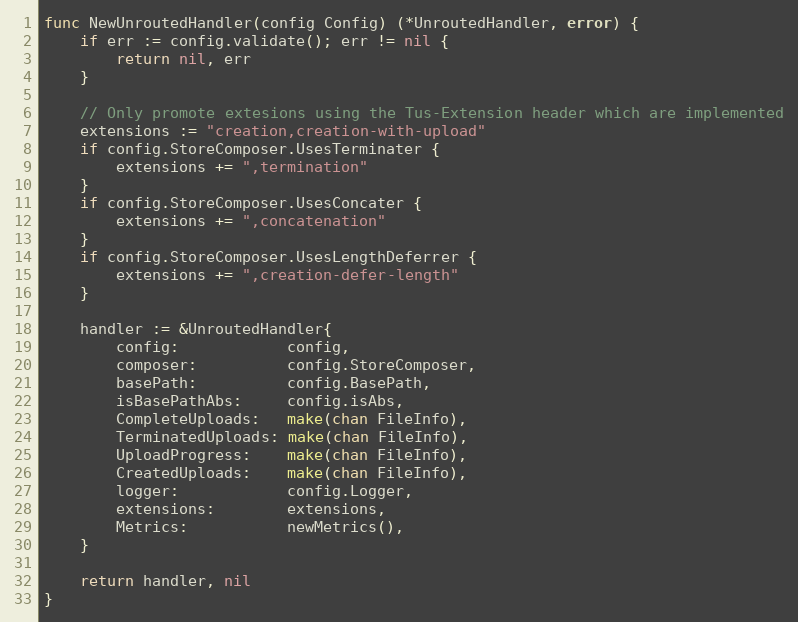
Language: Go
func NewUnroutedHandler(config Config) (*UnroutedHandler, error) {
	if err := config.validate(); err != nil {
		return nil, err
	}

	// Only promote extesions using the Tus-Extension header which are implemented
	extensions := "creation,creation-with-upload"
	if config.StoreComposer.UsesTerminater {
		extensions += ",termination"
	}
	if config.StoreComposer.UsesConcater {
		extensions += ",concatenation"
	}
	if config.StoreComposer.UsesLengthDeferrer {
		extensions += ",creation-defer-length"
	}

	handler := &UnroutedHandler{
		config:            config,
		composer:          config.StoreComposer,
		basePath:          config.BasePath,
		isBasePathAbs:     config.isAbs,
		CompleteUploads:   make(chan FileInfo),
		TerminatedUploads: make(chan FileInfo),
		UploadProgress:    make(chan FileInfo),
		CreatedUploads:    make(chan FileInfo),
		logger:            config.Logger,
		extensions:        extensions,
		Metrics:           newMetrics(),
	}

	return handler, nil
}